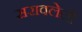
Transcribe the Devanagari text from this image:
सरावलेली